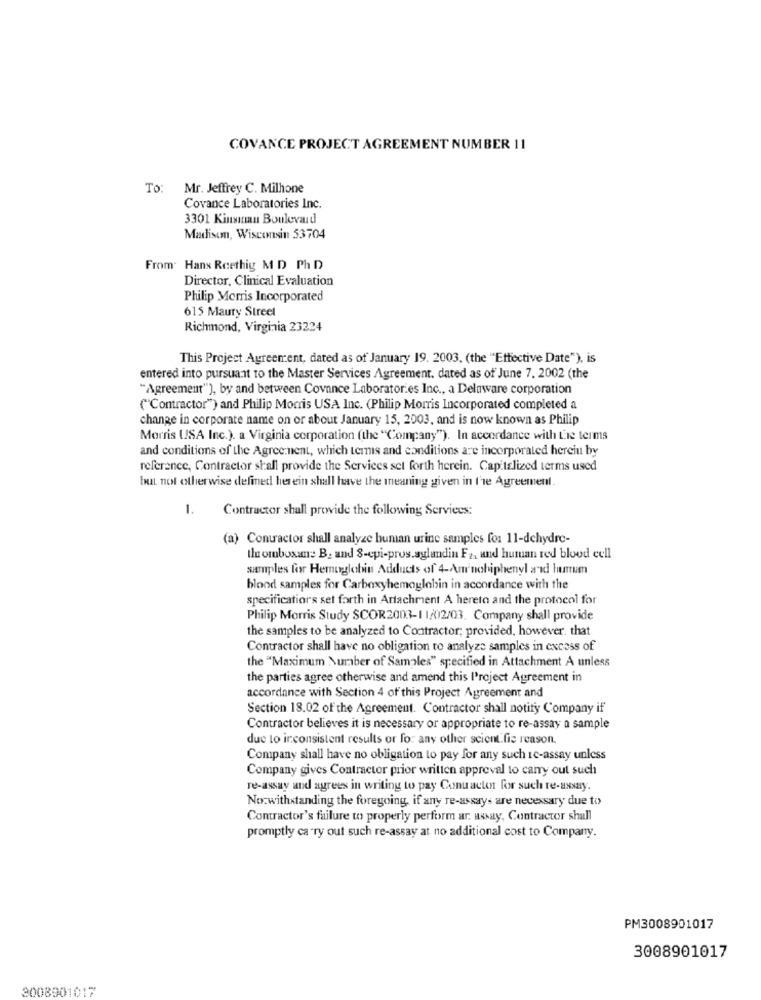
COVANCE PROJECT AGREEMENT NUMBER 11
To:
Mr. Jeffrey C. Milhone
Covance Laboratories Inc.
3301 Kinsinan Boulevard
Madiscm, Wisconsin 53704
From: Hans Reethig M D Ph D
Director, Clinical Evaluation
Philip Morris Incorporated
615 Maury Street
Richmond, Virginia 23224
This Project Agreement, dated as of January 19. 2003. (the "Ettective Date"), is
entered into pursuant to the Master Services Agreement. dated as of June 7. 2002 (the
"Agreement"), by and between Covance Laboratories Inc ., a Delaware corporation
("Contractor") and Philip Morris USA Inc. (Philip Morris Incorporated completed a
change in corporate name on or about January 15, 2003, and is now known as Philip
Morris (SA Inc.). a Virginia corporation (the "Company"). In accordance with the terms
and conditions of the Agreement, which terms and conditions are incorporated herein by
reference, Contractor shall provide the Services set forth herein. Capitalized terms used
but not otherwise defined herein shall have the meaning given in l'e Agreement.
1.
Contractor shall provide the following Services:
(a) Contractor shall analyze buman urine samples for 11-dehydre-
Ile omboxane B. and 8-epi-pros.aglandin F2, and human red blood cell
samples for Hemoglobin Adducts of 4-An'nohiphenyl and humum
blood samples for Carboxyhemoglobin in accordance with the
specificatiors set forth in Artachment A hereto and the protocol for
Philip Morris Study SCOR2003-11/02/03. Company shall provide
the samples to be analyzed to Contractor; provided, however, that
Contractor shall have no obligation to analyze samples in excess of
the "Maximum Number of Samoles" specified in Attachment A unless
the parties agree otherwise and amend this IProject Agreement in
accordance with Section 4 of this Project Agreement and
Section 18.02 of the Agreement. Contractor shall notity Company if
Contractor believes it is necessary or appropriate to re-assay a sample
due to inconsistent results or for any other scient fie reason.
Company shall have no obligation to pay for any such ic-assay unless
Company gives Contractor prior written approval to carry out such
re-assay and agrees in writing to pay Contacter for such re-assay.
No:withstanding the foregoing, if any re-assays are necessary due to
Contractor's failure to properly perform ar. assay, Contractor shall
promptly carry out such re-assay at no additional cost to Company.
PM3008901017
3008901017
3008901017